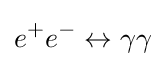
e^{+}e^{-}\leftrightarrow \gamma \gamma